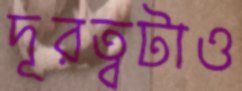
দূরত্বটাও